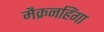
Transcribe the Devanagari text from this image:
मैक्रनहिंगा